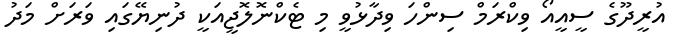
އުރީދޫގެ ސީއީއޯ ވިކްރަމް ސިންހަ ވިދާޅުވީ މި ޓެކްނޮލޮޖީއަކީ ދުނިޔޭގައި ވަރަށް މަދު